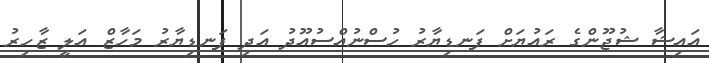
އައިޝާ ޝުޖޫންގެ ރައުޔަށް ފަނޑިޔާރު ހުސްނުއްސުއޫދު އަދި ފަނޑިޔާރު މަހާޒް އަލީ ޒާހިރު